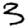
Digit: 3